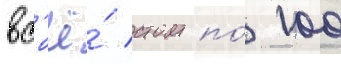
вс'ё́ стоит по́ 100